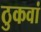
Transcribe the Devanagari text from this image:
ठुकवां